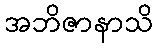
အဘိဇာနာသိ